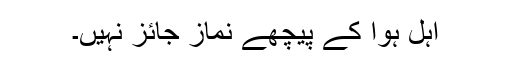
اہل ہوا کے پیچھے نماز جائز نہیں۔